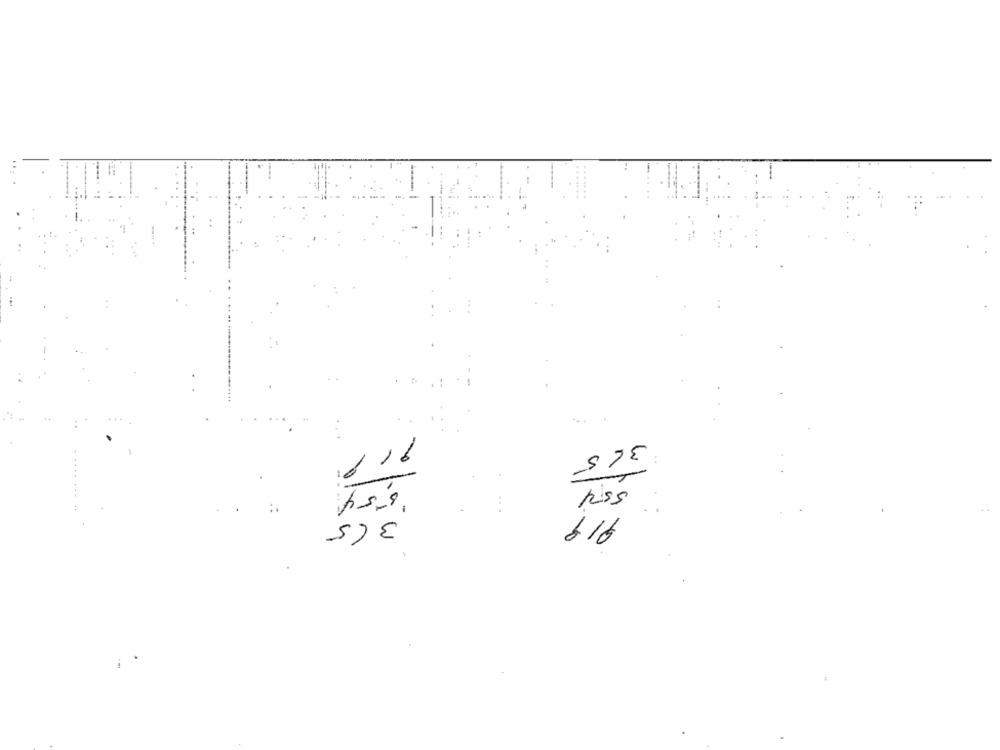
....
365
6 16
piss
365
616
£